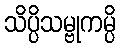
သိပ္ပိသမ္ဗုကမ္ပိ